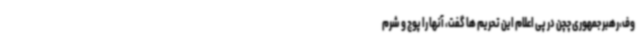
وف،رهبر جمهوری چچن در پی اعلام این تحریم ها گفت، آنها را پوچ و شرم